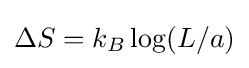
\Delta S=k_{B}\log(L/a)